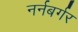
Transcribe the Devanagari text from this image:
नर्नबर्गर